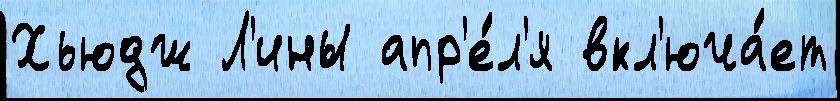
Хьюдж Л'ины апр'е́л'я вкл'юча́ет